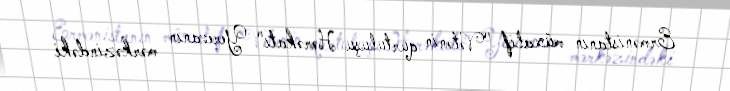
Ermənistanın müxalif "Vətənin qurtuluşu Hərəkatı" Yerevanın mərkəzindəki